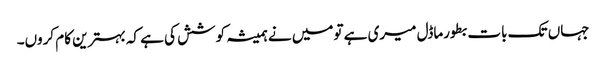
جہاں تک بات بطورماڈل میری ہے تومیں نے ہمیشہ کوشش کی ہے کہ بہترین کام کروں۔